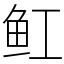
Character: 𫚉